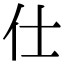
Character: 仕